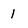
Character: 1